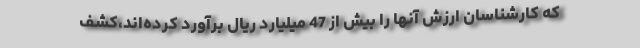
که کارشناسان ارزش آنها را بیش از 47 میلیارد ریال برآورد کرده‌اند،کشف